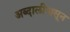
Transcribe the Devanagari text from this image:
अब्दालीपासून